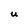
Character: U